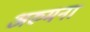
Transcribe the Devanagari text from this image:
अरुमना